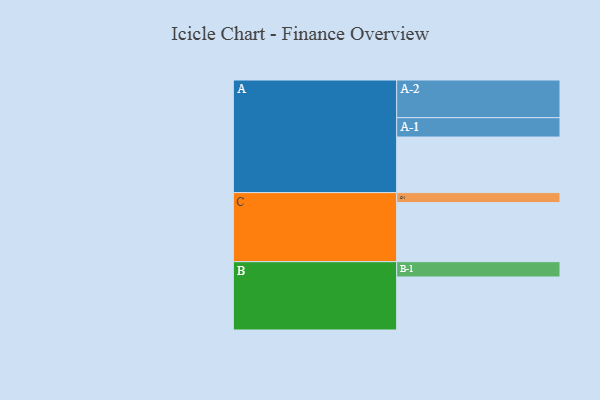
{"axis": {"x": "Segment", "y": "Value"}, "legend": ["", "A", "B", "C"], "data": [{"x": "A", "y": 439, "type": ""}, {"x": "B", "y": 419, "type": ""}, {"x": "C", "y": 467, "type": ""}, {"x": "A-1", "y": 153, "type": "A"}, {"x": "A-2", "y": 298, "type": "A"}, {"x": "B-1", "y": 121, "type": "B"}, {"x": "C-1", "y": 79, "type": "C"}]}